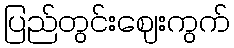
ပြည်တွင်းဈေးကွက်